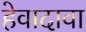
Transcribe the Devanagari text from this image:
हेवादावा